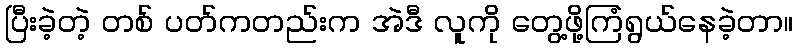
ပြီးခဲ့တဲ့ တစ် ပတ်ကတည်းက အဲဒီ လူကို တွေ့ဖို့ကြံရွယ်နေခဲ့တာ။